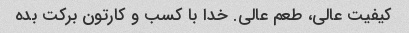
کیفیت عالی، طعم عالی. خدا با کسب و کارتون برکت بده